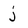
Character: j